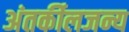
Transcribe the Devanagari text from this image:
अंतर्कीलजन्य